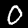
Digit: 0